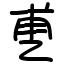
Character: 乶